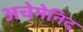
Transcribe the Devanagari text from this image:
अचेमेनिद